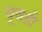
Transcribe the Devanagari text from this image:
धूवती